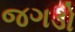
જગડો